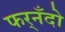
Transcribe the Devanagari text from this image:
फर्‌नँदो